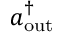
a _ { \mathrm { o u t } } ^ { \dagger }